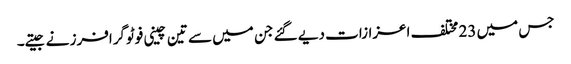
جس میں 23 مختلف اعزازات دیے گئے جن میں سے تین چینی فوٹوگرافرز نے جیتے۔